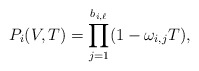
\begin{align*}P_i(V,T)=\prod_{j=1}^{b_{i,\ell}} (1-\omega_{i,j}T),\end{align*}